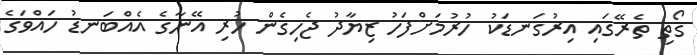
ގޯތި ތެރޭގައި އިރުގަނޑަކު ހުރުމަށްފަހު ޒިޔާދު ޖެހިގެން ހުރި އޭނާގެ އެއްބަނޑު ހައްވަގެ